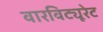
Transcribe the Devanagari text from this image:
वारविट्यूरेट